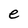
Character: e